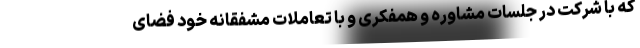
که با شرکت در جلسات مشاوره و همفکری و با تعاملات مشفقانه خود فضای